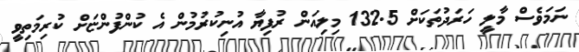
ނަމަވެސް މާލީ ހަރަދުތަކަށް 132.5 މިލިއަން ރުފިޔާ އުނިކުރުމުން އެ ކުންފުންޏަށް ކުރިމަތިވީ